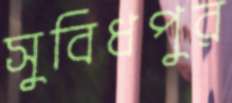
সুবিধপুর